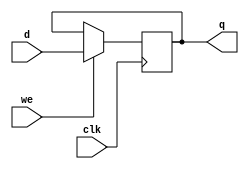
`timescale 1ns / 1ps
//////////////////////////////////////////////////////////////////////////////////
// Company: 
// Engineer: 
// 
// Design Name: 
// Module Name: we_dreg
// Project Name: 
// Target Devices: 
// Tool Versions: 
// Description: 
// 
// Dependencies: 
// 
// Revision:
// Revision 0.01 - File Created
// Additional Comments:
// 
//////////////////////////////////////////////////////////////////////////////////

module we_dreg # (parameter WIDTH = 32) (
        input  wire             clk,
        input  wire             we,
        input  wire [WIDTH-1:0] d,
        output reg  [WIDTH-1:0] q
    );

    always @ (posedge clk) begin
        if (we) q <= d;
        else    q <= q;
    end
endmodule